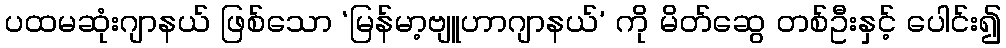
ပထမဆုံးဂျာနယ် ဖြစ်သော ‘မြန်မာ့ဗျူဟာဂျာနယ်’ ကို မိတ်ဆွေ တစ်ဦးနှင့် ပေါင်း၍